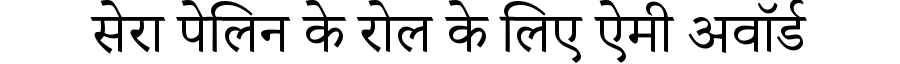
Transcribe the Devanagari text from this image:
सेरा पेलिन के रोल के लिए ऐमी अवॉर्ड